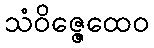
သံဝိဇ္ဇေထေဝ